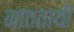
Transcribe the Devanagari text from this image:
नाततायी